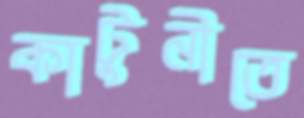
কাটুনীতে